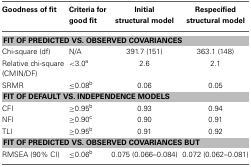
<table><thead><tr><td><b>Goodness of fit</b></td><td><b>Criteria for good fit</b></td><td><b>Initial structural model</b></td><td><b>Respecified structural model</b></td></tr></thead><tbody><tr><td colspan="4"><b>FIT OF PREDICTED VS. OBSERVED COVARIANCES</b></td></tr><tr><td>Chi-square (df)</td><td>N/A</td><td>391.7 (151)</td><td>363.1 (148)</td></tr><tr><td>Relative chi-square (CMIN/DF)</td><td>&lt;3.0<sup>a</sup></td><td>2.6</td><td>2.1</td></tr><tr><td>SRMR</td><td>≤0.08<sup>b</sup></td><td>0.06</td><td>0.05</td></tr><tr><td colspan="4"><b>FIT OF DEFAULT VS. INDEPENDENCE MODELS</b></td></tr><tr><td>CFI</td><td>≥0.95<sup>b</sup></td><td>0.93</td><td>0.94</td></tr><tr><td>NFI</td><td>≥0.90<sup>c</sup></td><td>0.90</td><td>0.91</td></tr><tr><td>TLI</td><td>≥0.95<sup>b</sup></td><td>0.91</td><td>0.92</td></tr><tr><td colspan="4"><b>FIT OF PREDICTED VS. OBSERVED COVARIANCES BUT</b></td></tr><tr><td>RMSEA (90% CI)</td><td>≤0.06<sup>b</sup></td><td>0.075 (0.066–0.084)</td><td>0.072 (0.062–0.081)</td></tr></tbody></table>